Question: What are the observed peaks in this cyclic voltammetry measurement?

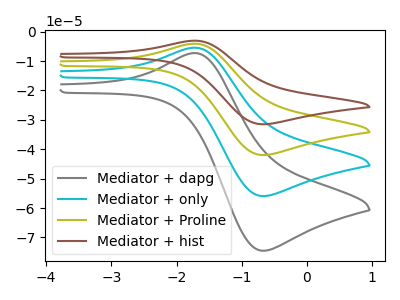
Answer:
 <answer>The gray curve "Mediator + dapg" has an anodic peak at (-1.70V, -7.30uA) and a cathodic peak at (-0.70V, -74.55uA). The cyan curve "Mediator + only" has an anodic peak at (-1.70V, -5.50uA) and a cathodic peak at (-0.70V, -55.95uA). The olive curve "Mediator + Proline" has an anodic peak at (-1.70V, -10.95uA) and a cathodic peak at (-0.70V, -111.85uA). The brown curve "Mediator + hist" has an anodic peak at (-1.70V, -16.45uA) and a cathodic peak at (-0.70V, -167.80uA).</answer>
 <eval></eval>